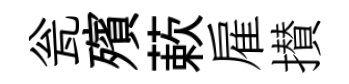
瓮殯蔌雇攅